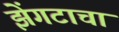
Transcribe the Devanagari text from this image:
झेंगटाचा